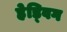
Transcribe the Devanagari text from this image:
हेड्विग